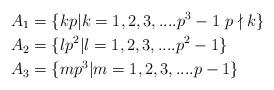
LaTeX: \begin{align*} A_{1} &=\{kp|k= 1,2,3,....p^3-1\, \, p\nmid k\} \\ A_{2} &=\{lp^2|l =1,2,3,....p^2-1\}\\ A_{3} &=\{mp^3|m =1,2,3,....p-1\}\end{align*}